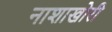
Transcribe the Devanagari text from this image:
नाशाखोरी